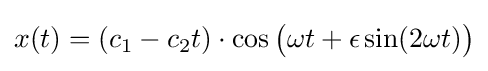
x(t)=(c_{1}-c_{2}t)\cdot \cos {\big (}\omega t+\epsilon \sin(2\omega t){\big )}